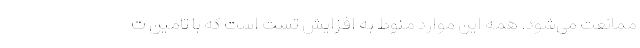
ممانعت می‌شود. همه این موارد منوط به افزایش تست است که با تأمین ت